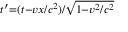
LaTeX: \scriptstyle t ^ { \prime } = ( t - v x / c ^ { 2 } ) / { \sqrt { 1 - v ^ { 2 } / c ^ { 2 } } }